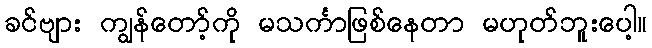
ခင်ဗျား ကျွန်တော့်ကို မသင်္ကာဖြစ်နေတာ မဟုတ်ဘူးပေါ့။